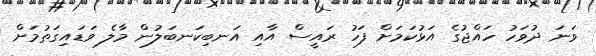
ވަނަ ދުވަހު ހައްޖުގެ އަޅުކަމަށް ފަހު ރައީސް އާއި އަނބިކަނބަލުން މާލެ ވަޑައިގަތުމަށް